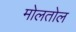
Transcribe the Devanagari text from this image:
मोलतोल